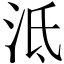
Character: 泜